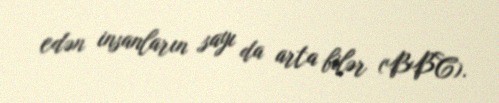
edən insanların sayı da arta bilər (BBC).